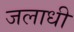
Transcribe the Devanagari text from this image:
जलाधी